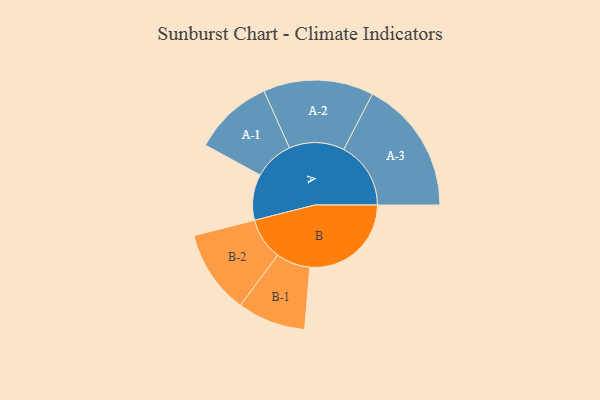
{"axis": {"x": "Segment", "y": "Value"}, "legend": ["", "A", "B"], "data": [{"x": "A", "y": 199, "type": ""}, {"x": "B", "y": 440, "type": ""}, {"x": "A-1", "y": 173, "type": "A"}, {"x": "A-2", "y": 239, "type": "A"}, {"x": "A-3", "y": 291, "type": "A"}, {"x": "B-1", "y": 148, "type": "B"}, {"x": "B-2", "y": 182, "type": "B"}]}